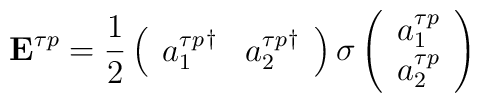
{\bf E}^{\tau p}={1\over 2}\left(  \begin{array}{cc} {a_1^{\tau p}}^\dagger & {a_2^{\tau p}}^\dagger \end{array}\right){\bf \sigma}\left(\begin{array}{c} a_1^{\tau p}\\a_2^{\tau p} \end{array}\right)